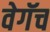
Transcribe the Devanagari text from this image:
वेगॅच